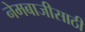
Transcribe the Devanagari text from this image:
नेमबाजीसाठी